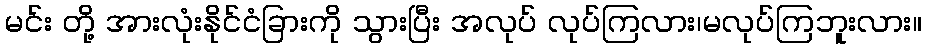
မင်း တို့ အားလုံးနိုင်ငံခြားကို သွားပြီး အလုပ် လုပ်ကြလား၊မလုပ်ကြဘူးလား။